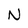
Character: N